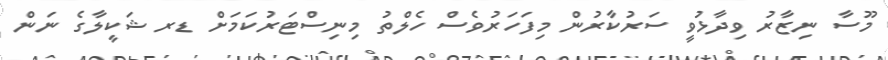
މޫސާ ނިޒާރު ވިދާޅުވީ ސަރުކާރުން މިފަހަރުވެސް ހެލްތު މިނިސްޓަރުކަމަށް ޑރ ޝަކީލާގެ ނަން